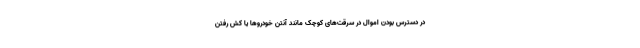
در دسترس بودن اموال در سرقت‌های کوچک مانند آنتن خودروها یا کش رفتن